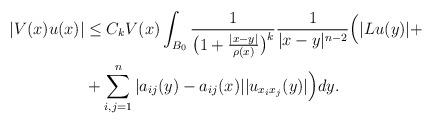
LaTeX: \begin{align*}|V(x)u(x)| & \leq C_{k} V(x) \int _{B_{0}} {1\over {\big( 1+{{|x-y|}\over{\rho(x)}} \big)^{k} }} {1\over{|x-y|^{n-2}}} \Big( |Lu(y)| + \\ & + \sum _{i,j=1}^{n} |a_{ij}(y)-a_{ij}(x)| |u_{x_{i}x_{j}}(y)| \Big) dy.\end{align*}